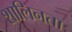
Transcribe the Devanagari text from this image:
शालिनता